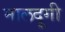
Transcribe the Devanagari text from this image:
मालदूगी